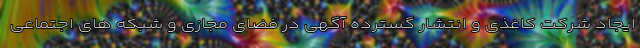
ایجاد شرکت کاغذی و انتشار گسترده آگهی در فضای مجازی و شبکه های اجتماعی